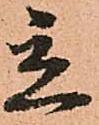
立